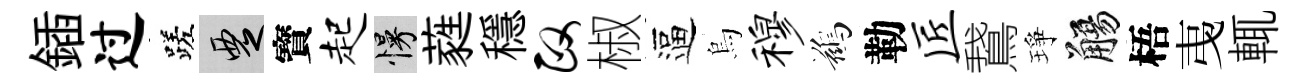
鍤过蹉覂寳起慢蕤穩政椒逼烏穆鷀勒匠鵞琤觴梧𢎯輒